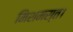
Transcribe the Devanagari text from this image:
मिशमस्त।